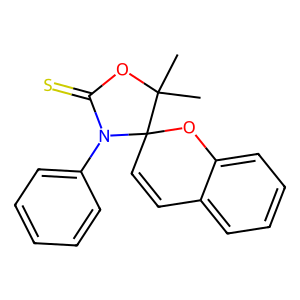
SMILES: CC1(C)OC(=S)N(c2ccccc2)C12C=Cc1ccccc1O2
Inhibits HIV replication: No